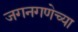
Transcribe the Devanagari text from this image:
जगनगणेच्या